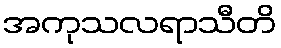
အကုသလရာသီတိ